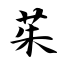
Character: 茱